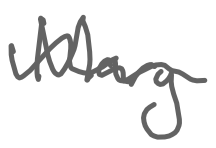
Text: Mary
Cross-out: wave
Writing tool: digital_gray